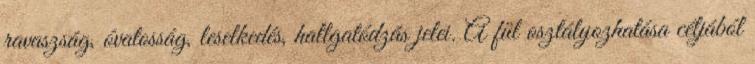
ravaszság, óvatosság, leselkedés, hallgatódzás jelei. A fül osztályozhatása céljából